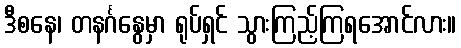
ဒီစနေ၊ တနင်္ဂနွေမှာ ရုပ်ရှင် သွားကြည့်ကြရအောင်လား။